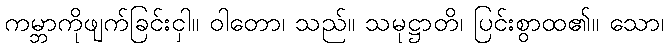
ကမ္ဘာကိုဖျက်ခြင်းငှါ။ ဝါတော၊ သည်။ သမုဋ္ဌာတိ၊ ပြင်းစွာထ၏။ သော၊